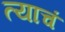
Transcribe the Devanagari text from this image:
त्‍याचं